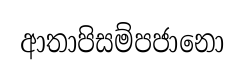
ආතාපිසම්පජානො